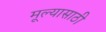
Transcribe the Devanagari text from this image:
मूल्यासाठी